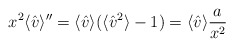
\begin{align*}x^2 \langle {\hat v} \rangle '' = \langle {\hat v} \rangle(\langle {\hat v}^2 \rangle - 1) = \langle {\hat v} \rangle {a \over x^2}\end{align*}